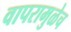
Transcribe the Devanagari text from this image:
वापरामुळेच